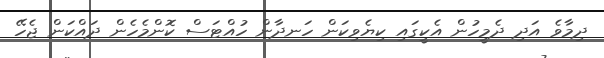
ދިމާވެ އަދި ދެމީހުން އެކީގައި ކިޔެވިކަން ހަނދާން ހުއްޓަސް ކޮންމެހެން ދައްކަން ޖެހޭ